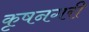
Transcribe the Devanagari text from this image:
कृषनगरी